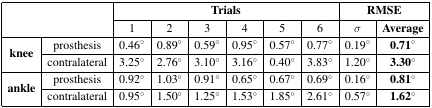
<table><thead><tr><td rowspan="2" colspan="2"></td><td colspan="6"><b>Trials</b></td><td colspan="2"><b>RMSE</b></td></tr><tr><td><b>1</b></td><td><b>2</b></td><td><b>3</b></td><td><b>4</b></td><td><b>5</b></td><td><b>6</b></td><td><b><i>σ</i></b></td><td><b>Average</b></td></tr></thead><tbody><tr><td rowspan="2"><b>knee</b></td><td>prosthesis</td><td>0.46°</td><td>0.89°</td><td>0.59°</td><td>0.95°</td><td>0.57°</td><td>0.77°</td><td>0.19°</td><td><b>0.71</b>°</td></tr><tr><td>contralateral</td><td>3.25°</td><td>2.76°</td><td>3.10°</td><td>3.16°</td><td>0.40°</td><td>3.83°</td><td>1.20°</td><td><b>3.30</b>°</td></tr><tr><td rowspan="2"><b>ankle</b></td><td>prosthesis</td><td>0.92°</td><td>1.03°</td><td>0.91°</td><td>0.65°</td><td>0.67°</td><td>0.69°</td><td>0.16°</td><td><b>0.81</b>°</td></tr><tr><td>contralateral</td><td>0.95°</td><td>1.50°</td><td>1.25°</td><td>1.53°</td><td>1.85°</td><td>2.61°</td><td>0.57°</td><td><b>1.62</b>°</td></tr></tbody></table>